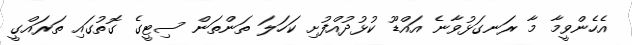
އެހެންވީމާ މާ ރަނގަޅުވާނެ އައްޑޫ ކުޅުދުއްފުށި ކަހަލަ ތަންތަން ސިޓީގެ ގޮތުގައި ތަރައްގީ